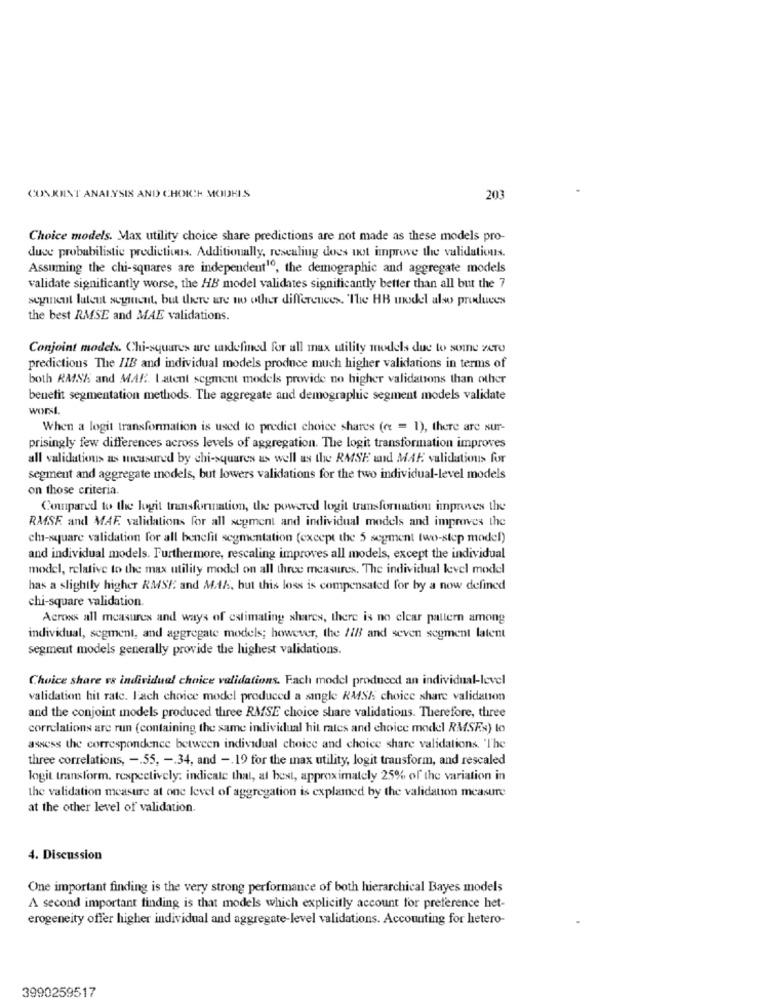
CONKUNT ANALYSIS AND CHOICH MODELS
203
Choice models. Max utility choice share predictions are not made as these models pro-
duce probabilistic predictions. Additionally, rescaling does not improve the validations.
Assuming the chi-squares are independent", the demographic and aggregate models
validate significantly worse, the HB model validates significantly better than all but the 7
seyineut latent segment, but there are no other differences. The HB model also produces
the best RMSE and MAE validations.
Conjoint models. Chi-squares are undefined for all max utility models due to some zero
predictions The IIB and individual models produce much higher validations in terms of
both RASK and MAR. Latent segment models provide no higher validations than other
benefit segmentation methods. The aggregate and demographic segment models validate
worst.
When a logit transformation is used to predict choice shares (et = 1), there are sur-
prisingly few differences across levels of aggregation. The logit transformation improves
all validationus as measured by chi-squares as well as the RMSE and MAE validations for
segment and aggregate models, but lowers validations for the two individual-level models
on those criteria.
Compared to the logit transformation, the powered logit transformation improves the
RMSE. and MAF. validations for all segment and individual models and improves the
chi-square validation for all benefit segmentation (except the 5 segment two-step model)
and individual models. Furthermore, rescaling improves all models, except the individual
model, relative to the max utility model on all three measures. The individual level model
has a slightly higher RMSE and M.A/s, but this loss is compensated for by a now defined
chi-square validation.
Across all measures and ways of estimating shares, there is no clear pattern among
individual, segment, and aggregate models; however, the 11B and seven segment latent
segment models generally provide the highest validations.
Choice share vs individual choice validations. Fach model produced an individual-level
validation hit rate. Fach choice model produced a single RMSIs choice share validation
and the conjoint models produced three RMSE choice share validations. Therefore, three
correlations are run (containing the same individual hit rates and choice model RMSEs) to
assess the correspondence between individual choice and choice share validations. "The
three correlations, -. 55, -. 34, and -. 19 for the max utility, logit transform, and rescaled
logit transform, respectively: indicate that, at best, approximately 25% of the variation in
the validation measure at one level of aggregation is explained by the validation measure
at the other level of validation.
4. Discussion
One important finding is the very strong performance of both hierarchical Bayes models
A second important finding is that models which explicitly account for preference het-
erogeneity offer higher individual and aggregate-level validations. Accounting for hetero-
3990259517